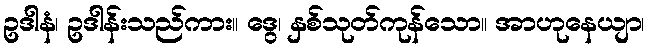
ဥဒါနံ၊ ဥဒါန်းသည်ကား။ ဒွေ၊ နှစ်သုတ်ကုန်သော။ အာဟုနေယျာ၊